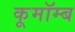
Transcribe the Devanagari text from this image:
कूमॉम्ब